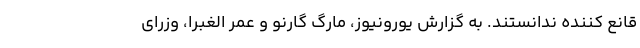
قانع کننده ندانستند. به گزارش یورونیوز، مارگ گارنو و عمر الغبرا، وزرای